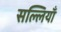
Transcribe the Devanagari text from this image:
सल्लियाँ